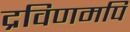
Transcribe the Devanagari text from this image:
द्रविणमपि